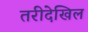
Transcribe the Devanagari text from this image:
तरीदेखिल